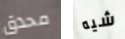
محدق شيه